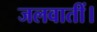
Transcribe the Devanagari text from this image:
जलवातीं।